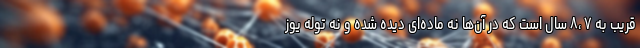
قریب به ۷ ،۸ سال است که در آن‌ها نه ماده‌ای دیده شده و نه توله یوز